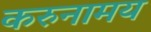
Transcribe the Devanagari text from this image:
करुनामय